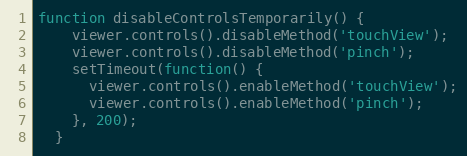
Language: JavaScript
function disableControlsTemporarily() {
    viewer.controls().disableMethod('touchView');
    viewer.controls().disableMethod('pinch');
    setTimeout(function() {
      viewer.controls().enableMethod('touchView');
      viewer.controls().enableMethod('pinch');
    }, 200);
  }